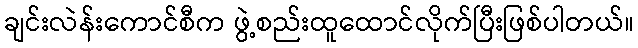
ချင်းလဲန်းကောင်စီက ဖွဲ့စည်းထူထောင်လိုက်ပြီးဖြစ်ပါတယ်။